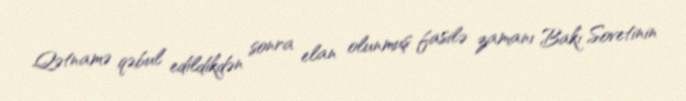
Qətnamə qəbul edildikdən sonra elan olunmuş fasilə zamanı Bakı Sovetinin